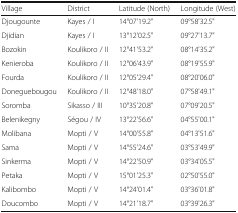
| Village | District | Latitude (North) | Longitude (West) |
 | --- | --- | --- | --- |
 | Djougounte | Kayes / I | 14°07'19.2" | 09°58'32.5" |
 | Djidian | Kayes / I | 13°12'02.5" | 09°27'13.7" |
 | Bozokin | Koulikoro / II | 12°41'53.2" | 08°14'35.2" |
 | Kenieroba | Koulikoro / II | 12°06'43.9" | 08°19'55.9" |
 | Fourda | Koulikoro / II | 12°05'29.4" | 08°20'06.0" |
 | Doneguebougou | Koulikoro / II | 12°48'18.0" | 07°58'49.1" |
 | Soromba | Sikasso / III | 10°35'20.8" | 07°09'20.5" |
 | Belenikegny | Ségou / IV | 13°22'56.6" | 04°55'00.1" |
 | Molibana | Mopti / V | 14°00'55.8" | 04°13'51.6" |
 | Sama | Mopti / V | 14°55'24.6" | 03°53'49.9" |
 | Sinkerma | Mopti / V | 14°22'50.9" | 03°34'05.5" |
 | Petaka | Mopti / V | 15°01'25.3" | 02°50'55.0" |
 | Kalibombo | Mopti / V | 14°24'01.4" | 03°36'01.8" |
 | Doucombo | Mopti / V | 14°21'18.7" | 03°39'26.3" |